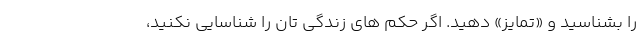
را بشناسید و «تمایز» دهید. اگر حکم های زندگی تان را شناسایی نکنید،